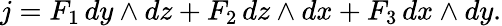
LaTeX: j=F_{1}\, dy\wedge dz+F_{2}\, dz\wedge dx+F_{3}\, dx\wedge dy.